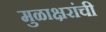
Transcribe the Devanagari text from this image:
मुळाक्षरांची